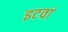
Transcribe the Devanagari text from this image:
इटवां